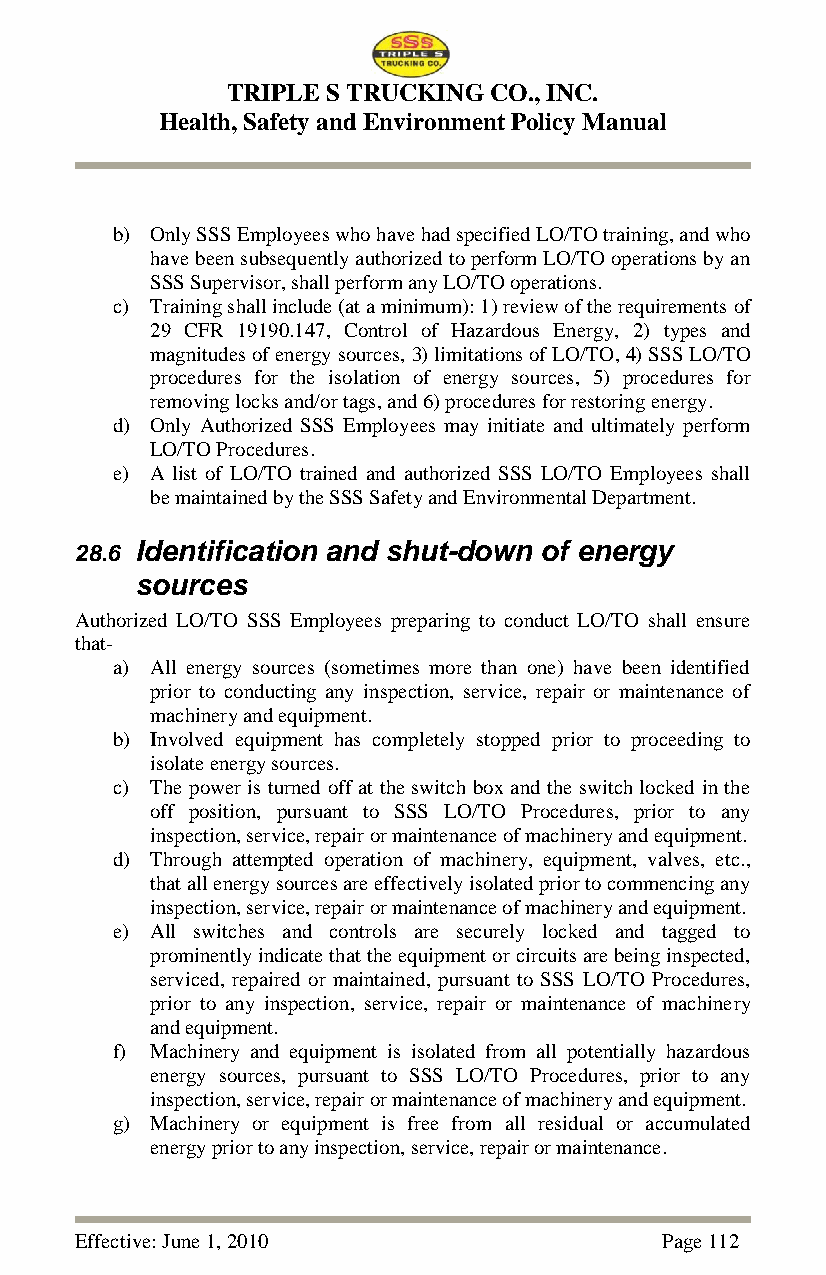
TRIPLE S TRUCKING CO., INC.
 Health, Safety and Environment Policy Manual
 b) Only SSS Employees who have had specified LO/TO training, and who
 have been subsequently authorized to perform LO/TO operations by an
 SSS Supervisor, shall perform any LO/TO operations.
 c) Training shall include (at a minimum): 1) review of the requirements of
 29 CFR 19190.147, Control of Hazardous Energy, 2) types and
 magnitudes of energy sources, 3) limitations of LO/TO, 4) SSS LO/TO
 procedures for the isolation of energy sources, 5) procedures for
 removing locks and/or tags, and 6) procedures for restoring energy.
 d) Only Authorized SSS Employees may initiate and ultimately perform
 LO/TO Procedures.
 e) A list of LO/TO trained and authorized SSS LO/TO Employees shall
 be maintained by the SSS Safety and Environmental Department.
 28.6 Identification and shut-down of energy
 sources
 Authorized LO/TO SSS Employees preparing to conduct LO/TO shall ensure
 that-
 a) All energy sources (sometimes more than one) have been identified
 prior to conducting any inspection, service, repair or maintenance of
 machinery and equipment.
 b) Involved equipment has completely stopped prior to proceeding to
 isolate energy sources.
 c) The power is turned off at the switch box and the switch locked in the
 off position, pursuant to SSS LO/TO Procedures, prior to any
 inspection, service, repair or maintenance of machinery and equipment.
 d) Through attempted operation of machinery, equipment, valves, etc.,
 that all energy sources are effectively isolated prior to commencing any
 inspection, service, repair or maintenance of machinery and equipment.
 e) All switches and controls are securely locked and tagged to
 prominently indicate that the equipment or circuits are being inspected,
 serviced, repaired or maintained, pursuant to SSS LO/TO Procedures,
 prior to any inspection, service, repair or maintenance of machinery
 and equipment.
 f) Machinery and equipment is isolated from all potentially hazardous
 energy sources, pursuant to SSS LO/TO Procedures, prior to any
 inspection, service, repair or maintenance of machinery and equipment.
 g) Machinery or equipment is free from all residual or accumulated
 energy prior to any inspection, service, repair or maintenance.
 Effective: June 1, 2010                Page 112